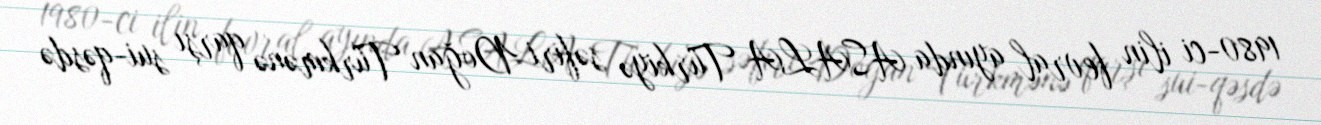
1980-ci ilin fevral ayında ASALA Türkiyə səfiri Doğan Türkmənə qarşı sui-qəsdə